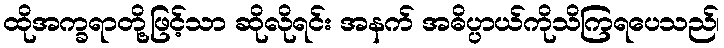
ထိုအက္ခရာတို့ဖြင့်သာ ဆိုလိုရင်း အနက် အဓိပ္ပာယ်ကိုသိကြရပေသည်၊